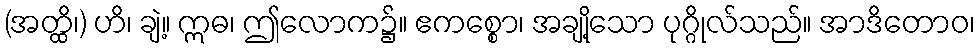
(အတ္ထိ၊) ဟိ၊ ချဲ့။ ဣဓ၊ ဤလောက၌။ ဧကစ္စော၊ အချို့သော ပုဂ္ဂိုလ်သည်။ အာဒိတောဝ၊